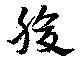
腹